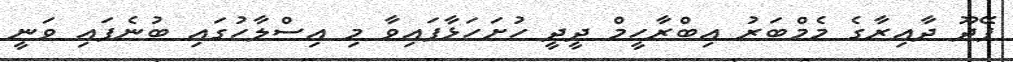
ފޭދޫ ދާއިރާގެ މެމްބަރު އިބްރާހީމް ދީދީ ހުށަހަޅާފައިވާ މި އިސްލާހުގައި ބުނެފައި ވަނީ